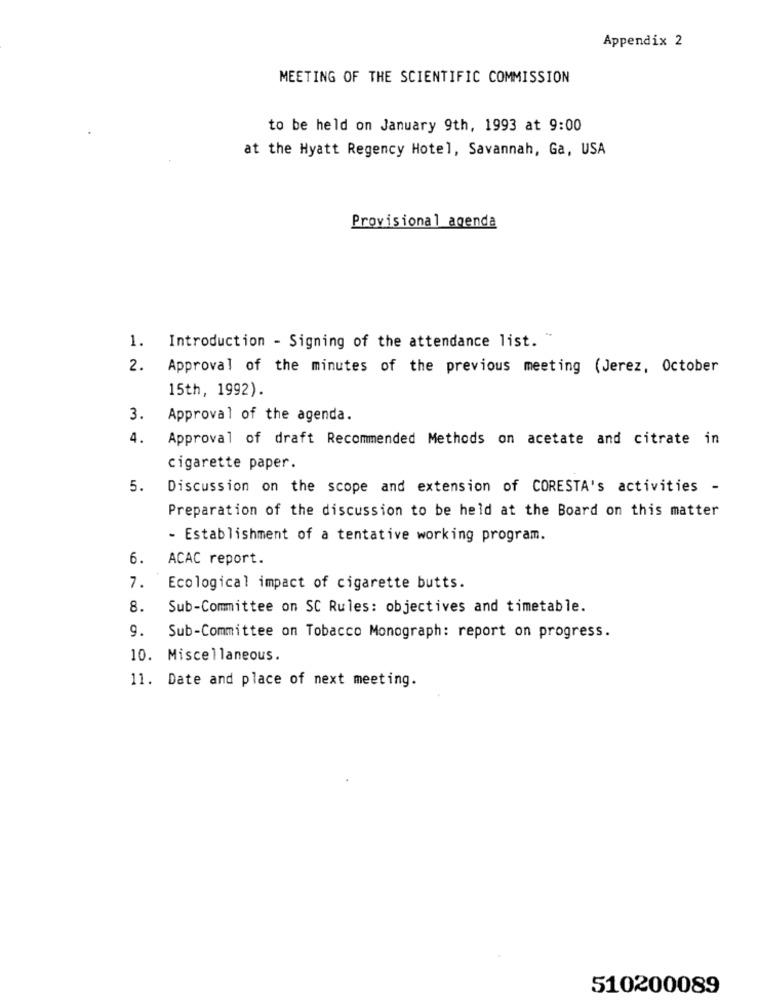
Appendix 2
MEETING OF THE SCIENTIFIC COMMISSION
to be held on January 9th, 1993 at 9:00
at the Hyatt Regency Hotel, Savannah, Ga, USA
Provisional agenda
1.
Introduction - Signing of the attendance list. "
2.
Approval of the minutes of the previous meeting (Jerez, October
15th, 1992).
3.
Approval of the agenda.
4.
Approval of draft Recommended Methods on acetate and citrate in
cigarette paper.
5.
Discussion on the scope and extension of CORESTA's activities -
Preparation of the discussion to be held at the Board on this matter
- Establishment of a tentative working program.
6.
ACAC report.
7.
Ecological impact of cigarette butts.
8.
Sub-Committee on SC Rules: objectives and timetable.
9.
Sub-Committee on Tobacco Monograph: report on progress.
10. Miscellaneous.
11. Date and place of next meeting.
510200089